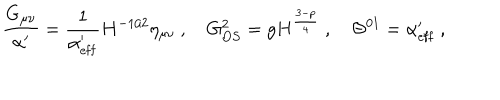
\frac { G _ { \mu \nu } } { \alpha ^ { \prime } } = \frac { 1 } { \alpha _ { \mathrm { e f f } } ^ { \prime } } H ^ { - 1 / 2 } \eta _ { \mu \nu } \ , \quad G _ { O S } ^ { 2 } = g H ^ { \frac { 3 - p } { 4 } } \ , \quad \Theta ^ { 0 1 } = \alpha _ { \mathrm { e f f } } ^ { \prime } \ ,